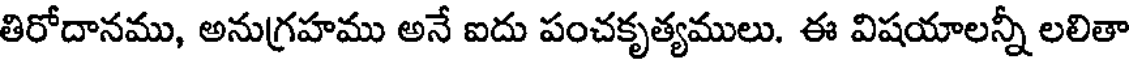
తిరోదానము, అనుగ్రహము అనే ఐదు పంచకృత్యములు. ఈ విషయాలన్నీ లలితా